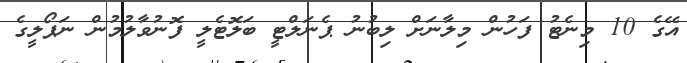
އޭގެ 10 މިނެޓު ފަހުން މިލާނަށް ލިބުނު ޕެނަލްޓީ ބަލޮޓެލީ ފޮނުވާލުމުން ނަޕޯލީގެ